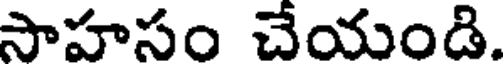
సాహసం చేయండి.